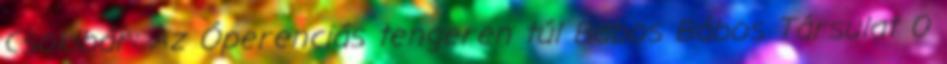
Csokibár: Az Óperenciás tengeren túl Babos Bábos Társulat 0